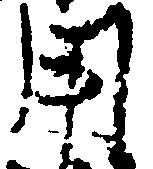
用